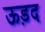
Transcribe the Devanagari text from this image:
ऊड़द